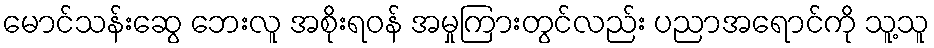
မောင်သန်းဆွေ ဘေးလူ အစိုးရဝန် အမှုကြားတွင်လည်း ပညာအရောင်ကို သူ့သူ